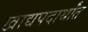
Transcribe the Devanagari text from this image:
खाद्यपदार्थांत